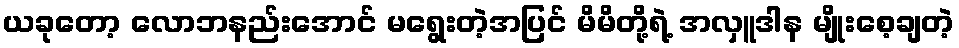
ယခုတော့ လောဘနည်းအောင် မရွေးတဲ့အပြင် မိမိတို့ရဲ့ အလှူဒါန မျိုးစေ့ချတဲ့